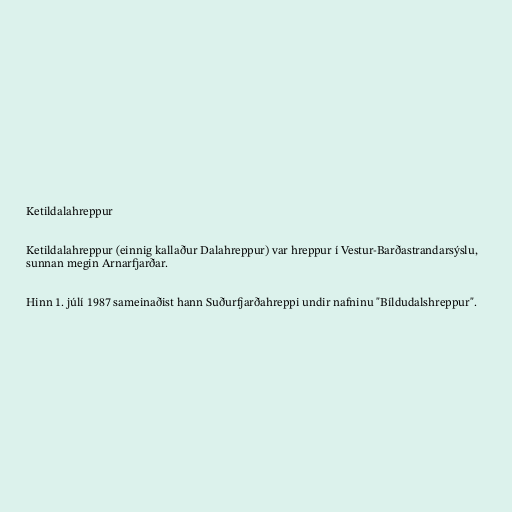
Ketildalahreppur

Ketildalahreppur (einnig kallaður Dalahreppur) var hreppur í Vestur-Barðastrandarsýslu,
sunnan megin Arnarfjarðar.

Hinn 1. júlí 1987 sameinaðist hann Suðurfjarðahreppi undir nafninu "Bíldudalshreppur".